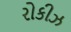
રોકીઝ